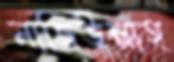
নাজিউল্লাহ